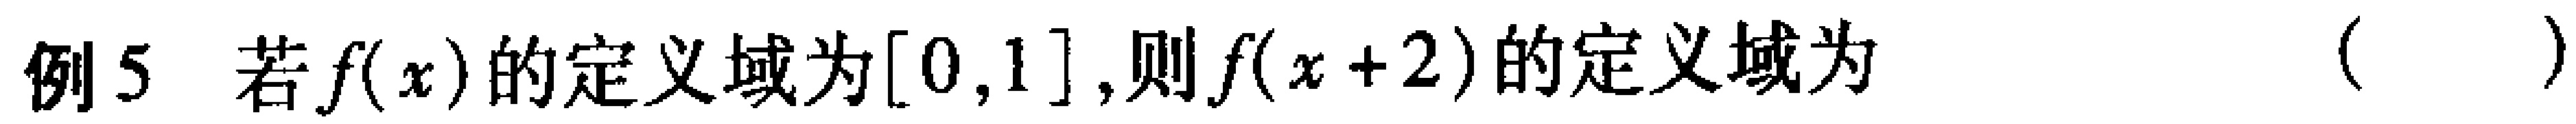
例5 若\(f(x)\)的定义域为\([0,1]\),则\(f(x + 2)\)的定义域为 （  ）